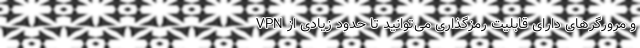
VPN و مرورگرهای دارای قابلیت رمزگذاری می‌توانید تا حدود زیادی از